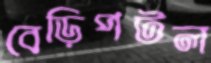
বেড়িপটল